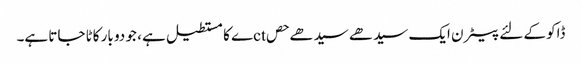
ڈاکو کے لئے پیٹرن ایک سیدھے سیدھے حصctے کا مستطیل ہے ، جو دو بار کاٹا جاتا ہے۔